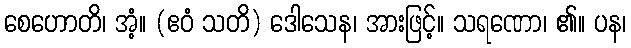
စေဟောတိ၊ အံ့။ (ဧဝံ သတိ) ဒေါသေန၊ အားဖြင့်။ သရဏော၊ ၏။ ပန၊